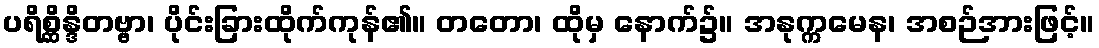
ပရိစ္ဆိန္ဒိတဗ္ဗာ၊ ပိုင်းခြားထိုက်ကုန်၏။ တတော၊ ထိုမှ နောက်၌။ အနုက္ကမေန၊ အစဉ်အားဖြင့်။